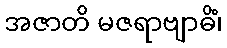
အဇာတိ မဇရာဗျာဓိံ၊